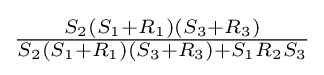
{\tfrac {S_{2}(S_{1}+R_{1})(S_{3}+R_{3})}{S_{2}(S_{1}+R_{1})(S_{3}+R_{3})+S_{1}R_{2}S_{3}}}